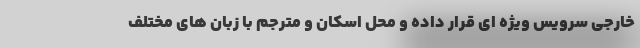
خارجی سرویس ویژه ای قرار داده و محل اسکان و مترجم با زبان های مختلف